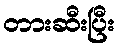
တားဆီးပြီး